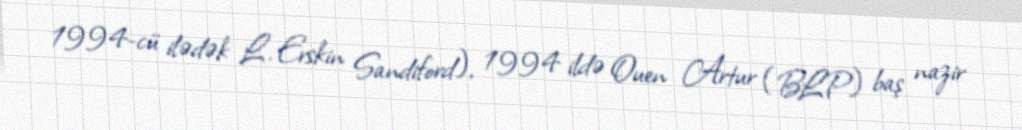
1994-cü ilədək L. Erskin Sandiford), 1994 ildə Ouen Artur (BLP) baş nazir